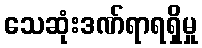
သေဆုံးဒဏ်ရာရရှိမှု